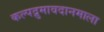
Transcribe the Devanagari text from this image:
कल्पद्रुमावदानमाला